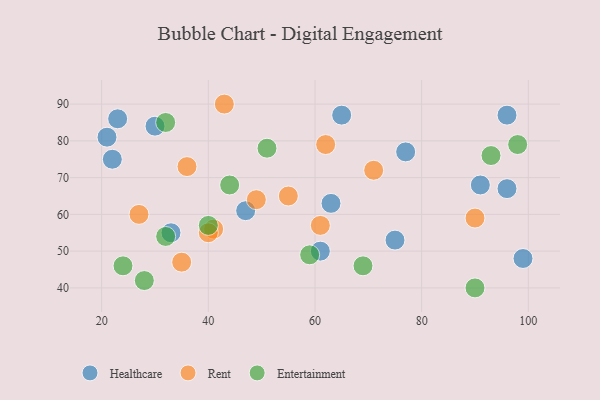
{"axis": {"x": "GDP", "y": "Life Expectancy"}, "legend": ["Entertainment", "Healthcare", "Rent"], "data": [{"x": "33", "y": 55, "type": "Healthcare"}, {"x": "23", "y": 86, "type": "Healthcare"}, {"x": "96", "y": 87, "type": "Healthcare"}, {"x": "96", "y": 67, "type": "Healthcare"}, {"x": "22", "y": 75, "type": "Healthcare"}, {"x": "30", "y": 84, "type": "Healthcare"}, {"x": "21", "y": 81, "type": "Healthcare"}, {"x": "65", "y": 87, "type": "Healthcare"}, {"x": "63", "y": 63, "type": "Healthcare"}, {"x": "47", "y": 61, "type": "Healthcare"}, {"x": "77", "y": 77, "type": "Healthcare"}, {"x": "61", "y": 50, "type": "Healthcare"}, {"x": "91", "y": 68, "type": "Healthcare"}, {"x": "75", "y": 53, "type": "Healthcare"}, {"x": "99", "y": 48, "type": "Healthcare"}, {"x": "49", "y": 64, "type": "Rent"}, {"x": "43", "y": 90, "type": "Rent"}, {"x": "71", "y": 72, "type": "Rent"}, {"x": "90", "y": 59, "type": "Rent"}, {"x": "35", "y": 47, "type": "Rent"}, {"x": "62", "y": 79, "type": "Rent"}, {"x": "41", "y": 56, "type": "Rent"}, {"x": "61", "y": 57, "type": "Rent"}, {"x": "27", "y": 60, "type": "Rent"}, {"x": "36", "y": 73, "type": "Rent"}, {"x": "55", "y": 65, "type": "Rent"}, {"x": "40", "y": 55, "type": "Rent"}, {"x": "51", "y": 78, "type": "Entertainment"}, {"x": "28", "y": 42, "type": "Entertainment"}, {"x": "59", "y": 49, "type": "Entertainment"}, {"x": "40", "y": 57, "type": "Entertainment"}, {"x": "44", "y": 68, "type": "Entertainment"}, {"x": "98", "y": 79, "type": "Entertainment"}, {"x": "69", "y": 46, "type": "Entertainment"}, {"x": "24", "y": 46, "type": "Entertainment"}, {"x": "32", "y": 54, "type": "Entertainment"}, {"x": "90", "y": 40, "type": "Entertainment"}, {"x": "32", "y": 85, "type": "Entertainment"}, {"x": "93", "y": 76, "type": "Entertainment"}]}